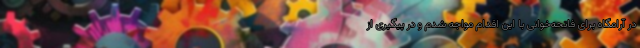
در آرامگاه برای فاتحه‌خوانی با این اقدام مواجه شدم و در پیگیری از